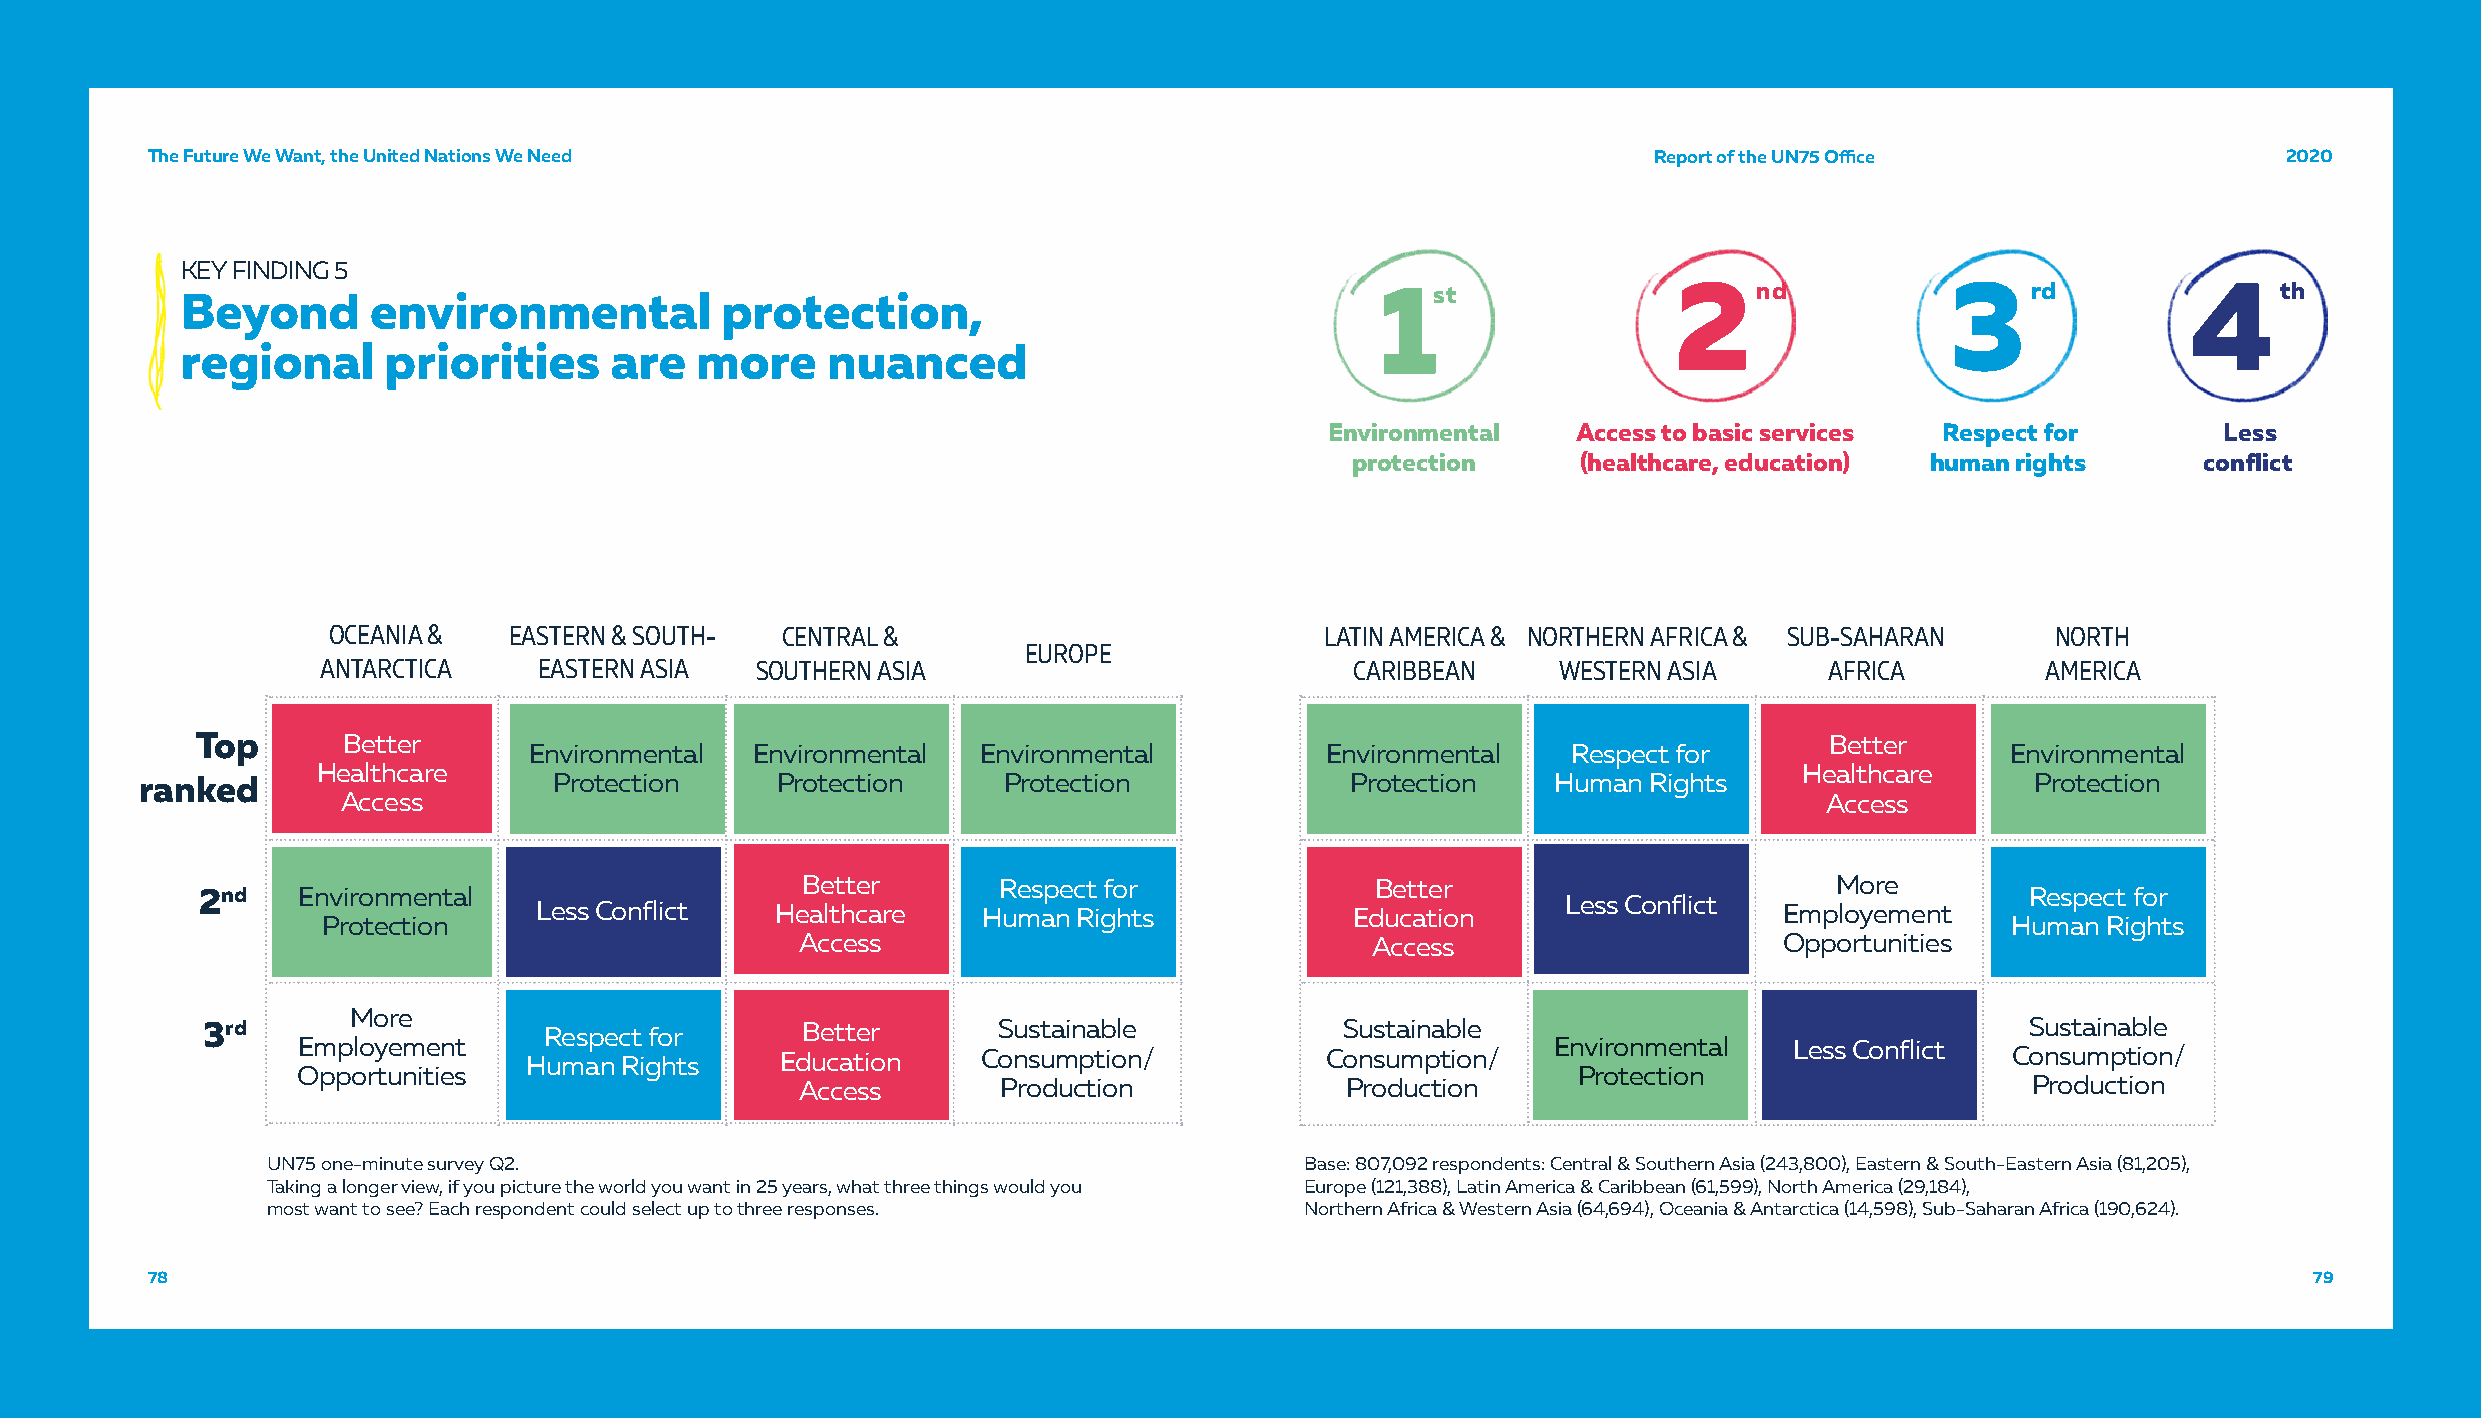
The Future We Want, the United Nations We Need                                                     Report of the UN75 Office                 2020
 KEY FINDING 5
 1st                 2nd               3rd             4th
 Beyond      environmental           protection,
 regional     priorities     are   more     nuanced
 Environmental   Access to basic services Respect for       Less
 protection     (healthcare, education) human rights     conflict
 OCEANIA &   EASTERN & SOUTH-  CENTRAL &                           LATIN AMERICA & NORTHERN AFRICA & SUB-SAHARAN   NORTH
 EUROPE
 ANTARCTICA     EASTERN ASIA  SOUTHERN ASIA                           CARIBBEAN    WESTERN ASIA      AFRICA        AMERICA
 Top       Better                                                                                            Better
 Environmental  Environmental  Environmental          Environmental   Respect for                  Environmental
 Healthcare                                                                                        Healthcare
 ranked                      Protection    Protection     Protection             Protection    Human Rights                    Protection
 Access                                                                                            Access
 Better       Respect for              Better                         More
 2nd    Environmental
 Less Conflict   Healthcare    Human Rights             Education     Less Conflict Employement
 Respect for
 Protection                                                                                                      Human Rights
 Access                                Access                     Opportunities
 More
 3rd                    Respect for      Better       Sustainable            Sustainable                                  Sustainable
 Employement    Human Rights     Education    Consumption/           Consumption/   Environmental   Less Conflict Consumption/
 Opportunities                                                                       Protection
 Access       Production             Production                                   Production
 UN75 one-minute survey Q2.                                          Base: 807,092 respondents: Central & Southern Asia (243,800), Eastern & South-Eastern Asia (81,205),
 Taking a longer view, if you picture the world you want in 25 years, what three things would you Europe (121,388), Latin America & Caribbean (61,599), North America (29,184),
 most want to see? Each respondent could select up to three responses. Northern Africa & Western Asia (64,694), Oceania & Antarctica (14,598), Sub-Saharan Africa (190,624).
 78                                                                                                                                             79